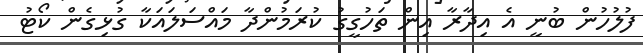
ފުލުހުން ބުނީ އެ އިދާރާ އިން ތަހުގީގު ކުރަމުންދާ މައްސަލައަކާ ގުޅިގެން ކޯޓު